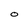
Character: O